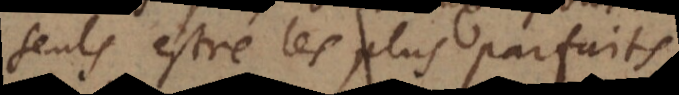
seuls estre les plus parfaits